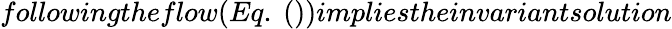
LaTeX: followingtheflow(Eq.~())impliestheinvariantsolution